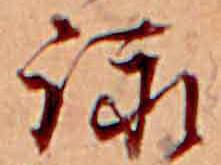
詠